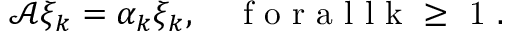
\begin{array} { r } { \mathcal { A } \xi _ { k } = \alpha _ { k } \xi _ { k } , \quad \mathrm { ~ f ~ o ~ r ~ a ~ l ~ l ~ k ~ \geq ~ 1 ~ } . } \end{array}